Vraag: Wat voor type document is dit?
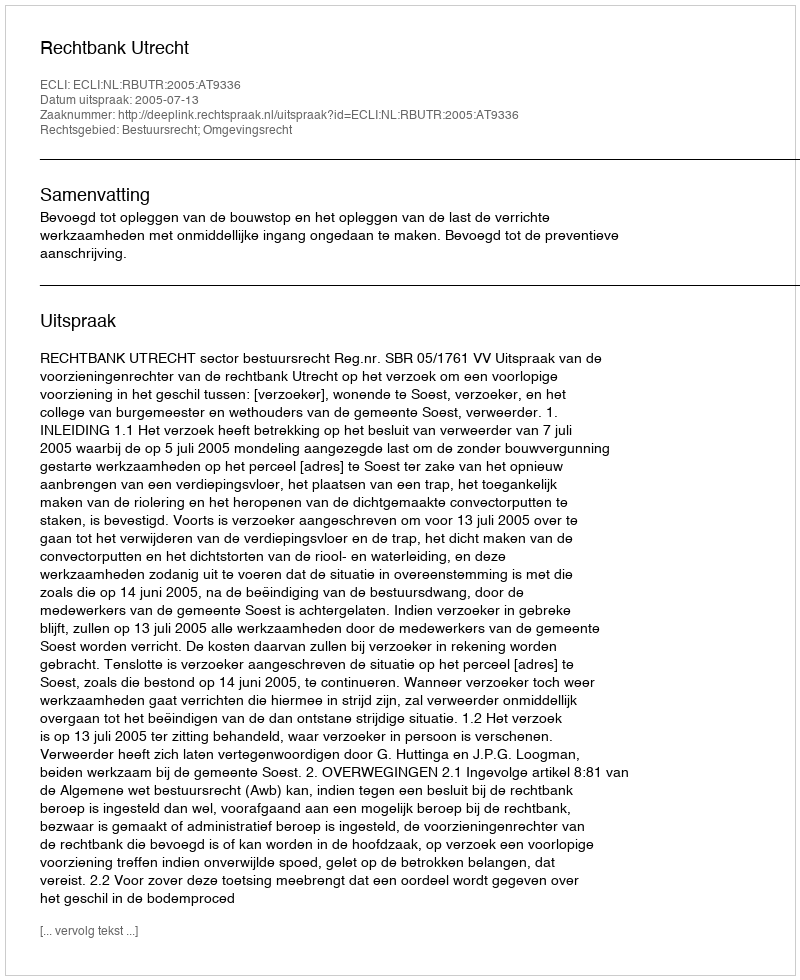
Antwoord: Uitspraak